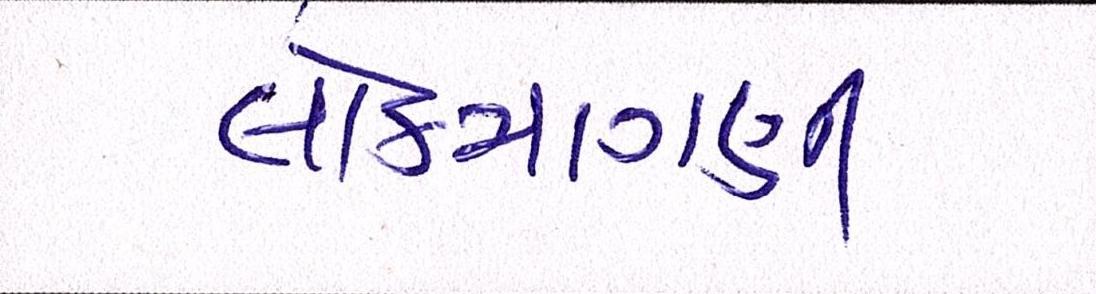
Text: લોકમાગણી